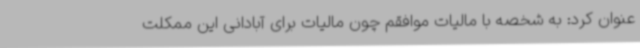
عنوان کرد: به شخصه با مالیات موافقم چون مالیات برای آبادانی این ممکلت